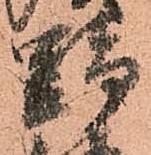
野